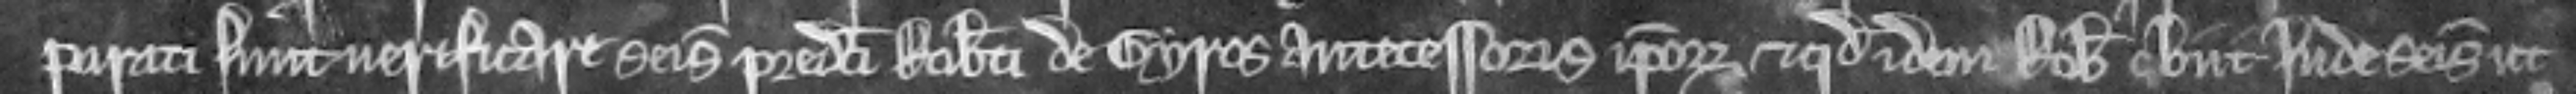
parati sunt verificare seisinam predicti Roberti de Gyros antecessoris ipsorum et quod idem Robertus obiit inde seisitus ut